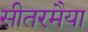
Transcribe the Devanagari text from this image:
सीतरमैया